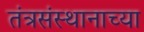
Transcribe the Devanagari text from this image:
तंत्रसंस्थानाच्या